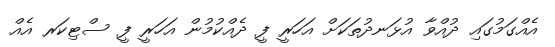
އެއްގަމުގައި ދުއްވާ އުޅަނދުތަކަށް އަހަރީ ފީ ދެއްކުމުން އަހަރީ ފީ ސްޓިކަރ އެއް